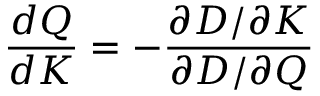
\frac { d Q } { d K } = - \frac { \partial D / \partial K } { \partial D / \partial Q }